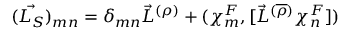
( \vec { { \cal L } _ { S } } ) _ { m n } = { \delta } _ { m n } { \vec { L } } ^ { ( \rho ) } + ( { \chi } _ { m } ^ { F } , [ { \vec { L } } ^ { ( \overline { { { \rho } } } ) } { \chi } _ { n } ^ { F } ] )